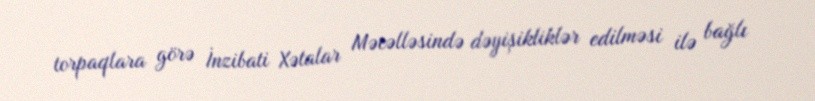
torpaqlara görə İnzibati Xətalar Məcəlləsində dəyişikliklər edilməsi ilə bağlı